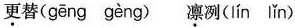
更替(gēng gèng) 凛冽(lín lǐn)